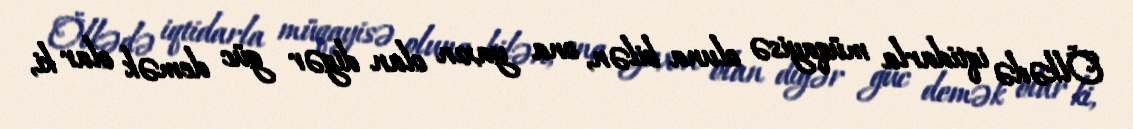
Ölkədə iqtidarla müqayisə oluna bilən, ona yaxın olan digər güc demək olar ki,